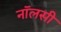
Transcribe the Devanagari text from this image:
नॉलसी